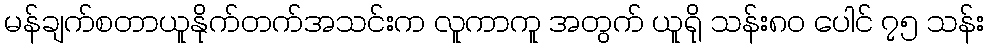
မန်ချက်စတာယူနိုက်တက်အသင်းက လူကာကူ အတွက် ယူရို သန်း၈၀ ပေါင် ၇၅ သန်း